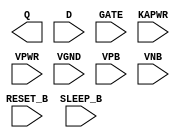
module sky130_fd_sc_lp__srdlrtp (
    Q      ,
    RESET_B,
    D      ,
    GATE   ,
    SLEEP_B,
    KAPWR  ,
    VPWR   ,
    VGND   ,
    VPB    ,
    VNB
);

    output Q      ;
    input  RESET_B;
    input  D      ;
    input  GATE   ;
    input  SLEEP_B;
    input  KAPWR  ;
    input  VPWR   ;
    input  VGND   ;
    input  VPB    ;
    input  VNB    ;
endmodule